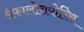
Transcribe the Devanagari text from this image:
सेफालोसपोरिंस